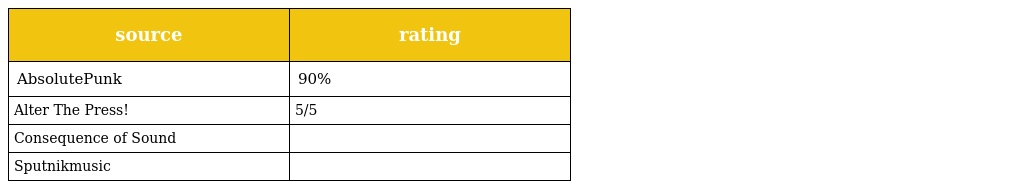
| source | rating |
 | --- | --- |
 | AbsolutePunk | 90% |
 | Alter The Press! | 5/5 |
 | Consequence of Sound |  |
 | Sputnikmusic |  |